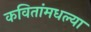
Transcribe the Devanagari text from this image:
कवितांमधल्या